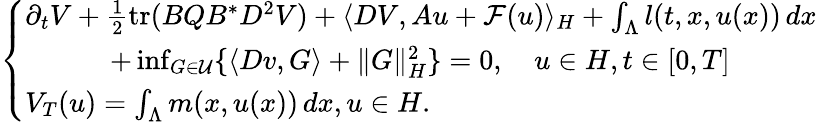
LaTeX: \left\{ \begin{array}{ll}{\partial_{t}V+\frac{1}{2}\mathrm{tr}(BQB^{\ast}D^{2}V)+\langle DV,Au+\mathcal{F}(u)\rangle_{H}+\int_{\Lambda}l(t,x,u(x))\, dx}\\ {\quad\qquad+\operatorname*{inf}_{G\in\mathcal{U}}\{ \langle Dv,G\rangle+\| G\| _{H}^{2}\} =0,\quad u\in H,t\in[0,T]}\\ {V_{T}(u)=\int_{\Lambda}m(x,u(x))\, dx,u\in H.}\end{array}\right.